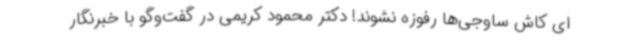
ای کاش ساوجی‌ها رفوزه نشوند! دکتر محمود کریمی در گفت‌وگو با خبرنگار